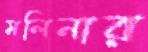
মলিনার